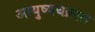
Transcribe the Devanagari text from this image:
आयुष्यचक्रात